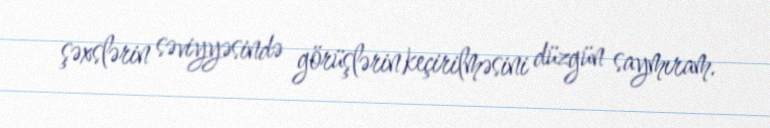
şəxslərin səviyyəsində görüşlərin keçirilməsini düzgün saymıram.